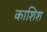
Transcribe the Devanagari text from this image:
काशिश